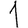
Digit: 1